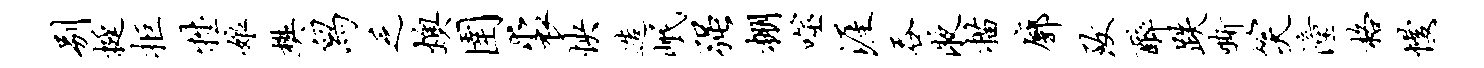
别挺拒牲娘樊舄乏燠圉裘怏造岷强棚噬涯吞液描廓致醉跌嘶笑潼格慢